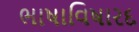
ભાષાવિષારદ